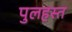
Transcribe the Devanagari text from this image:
पुलहस्त